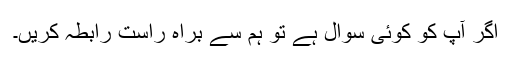
اگر آپ کو کوئی سوال ہے تو ہم سے براہ راست رابطہ کریں۔